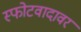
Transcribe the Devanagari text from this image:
स्फोटवादावर